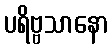
ပရိဗ္ဗသာနော